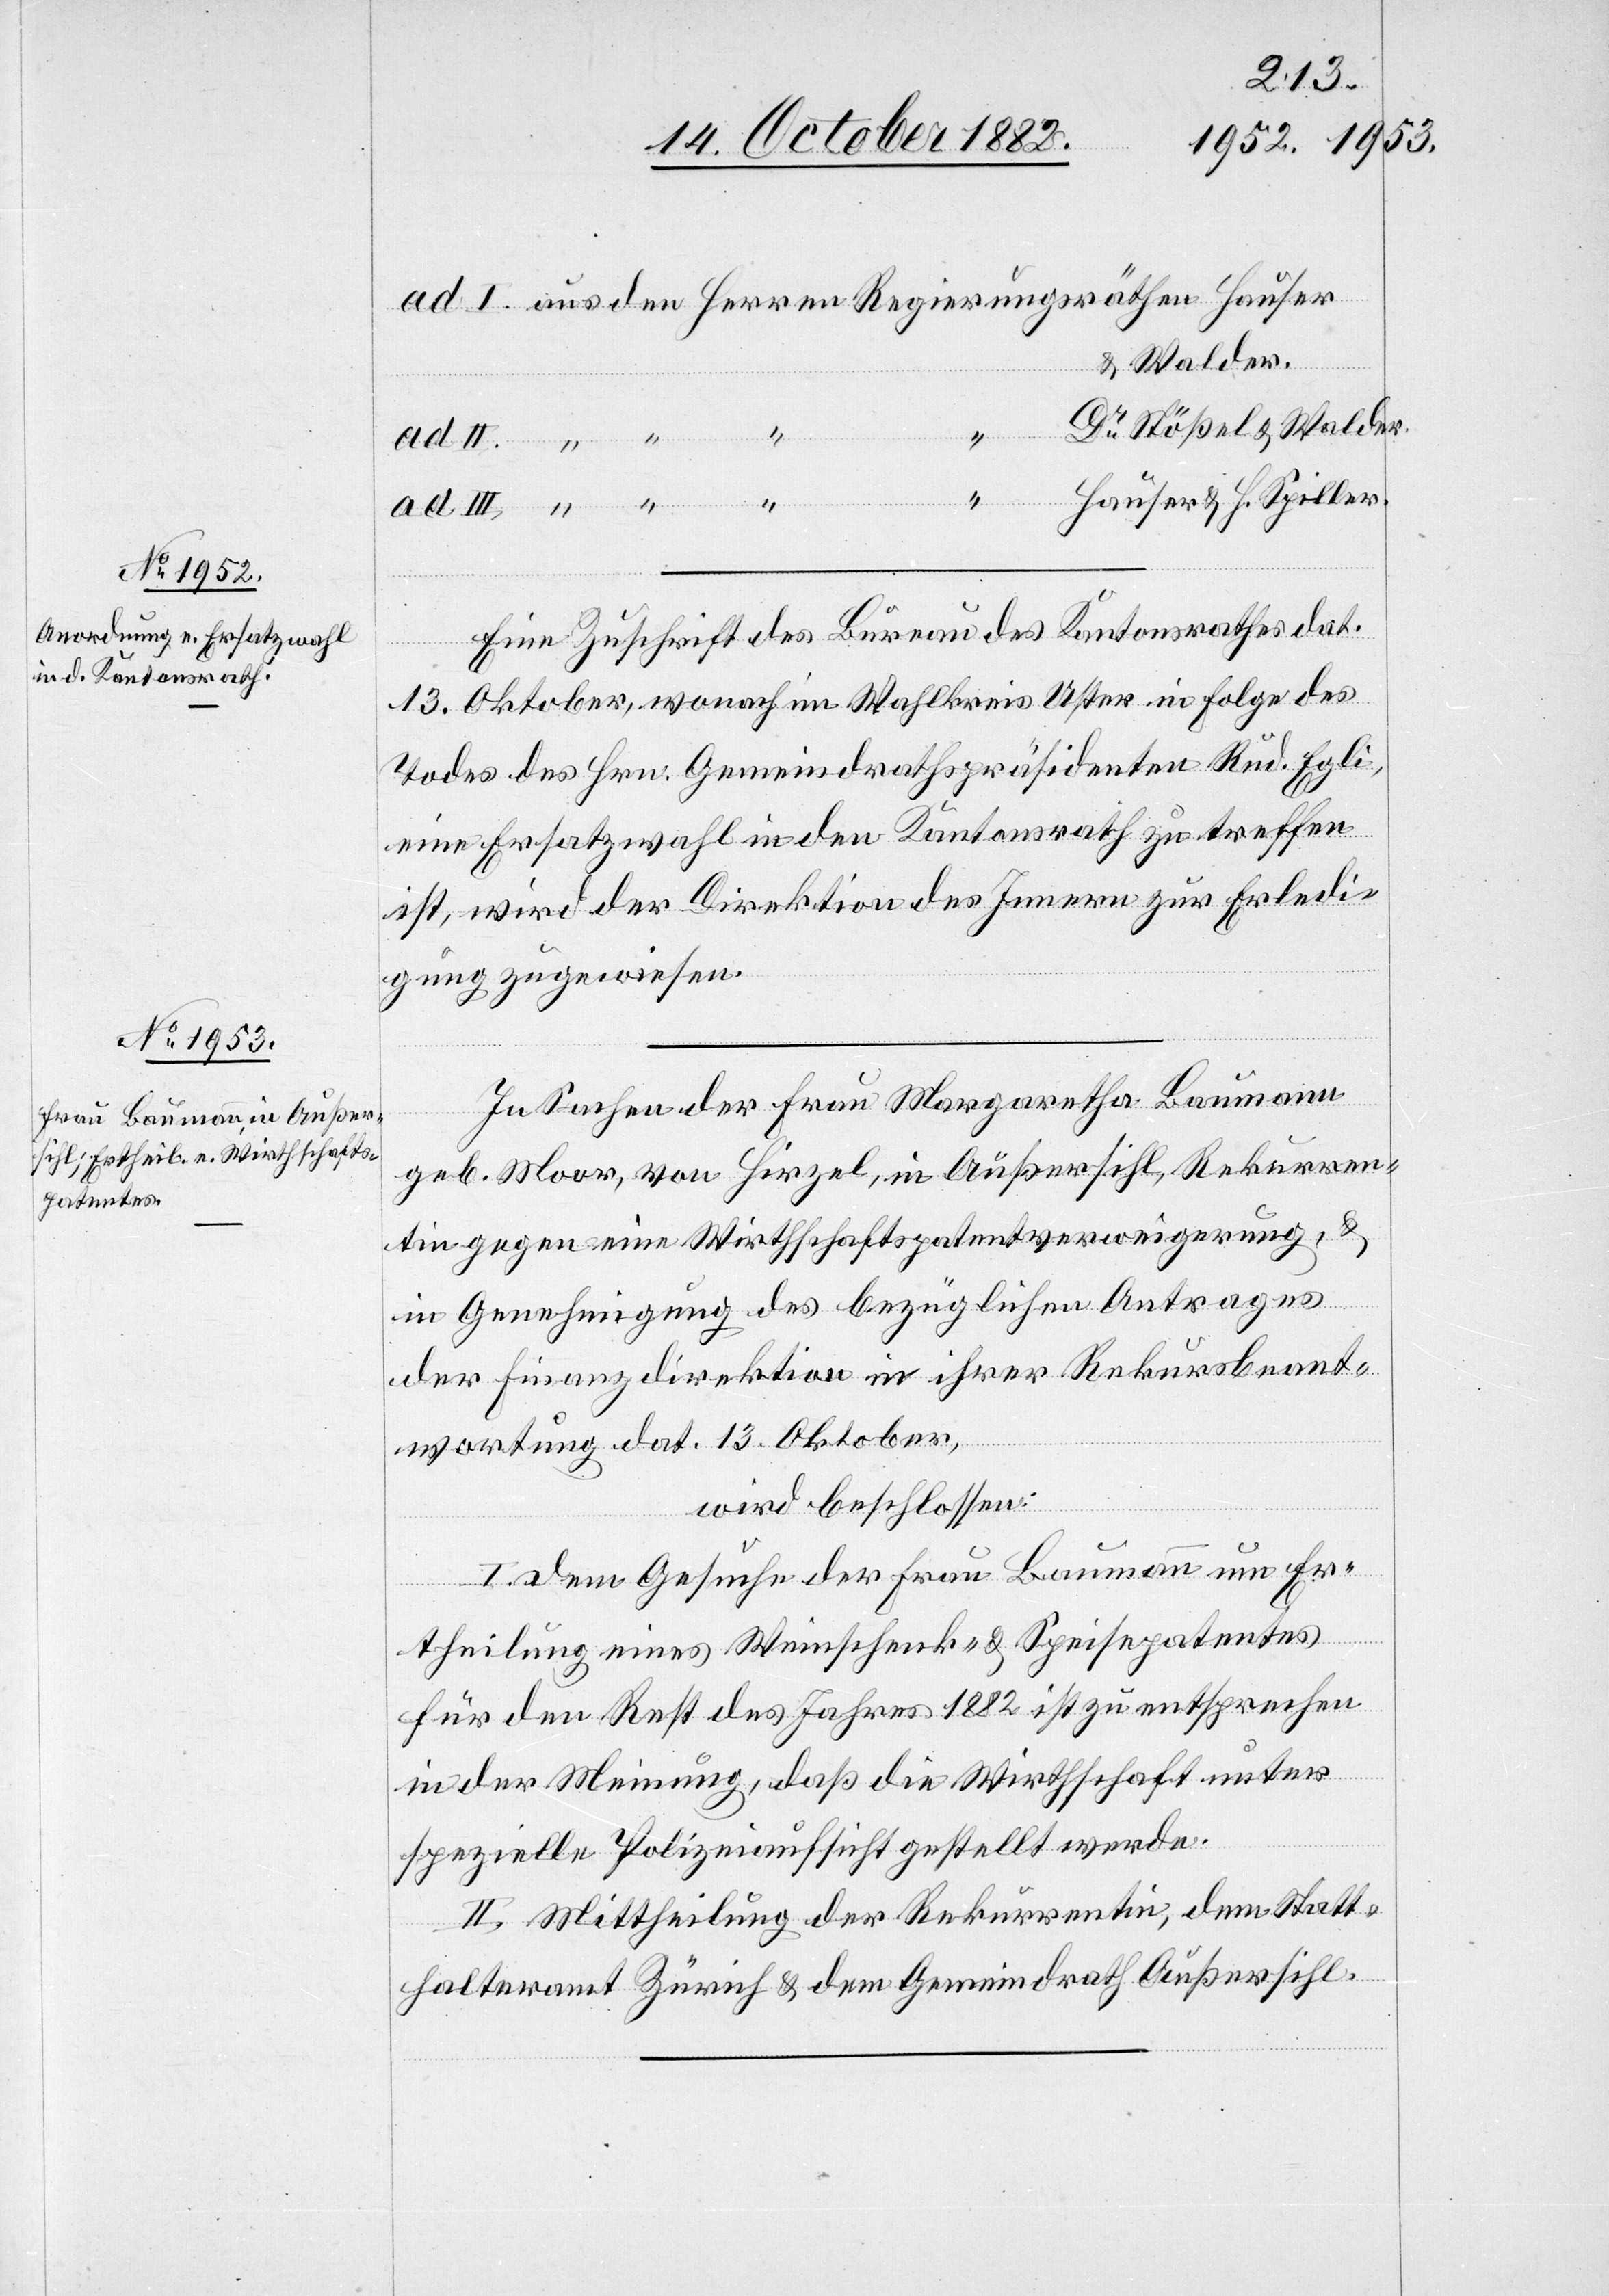
& Walder.
Dr Stößel & Walder.
Hauser & H. Spiller.
Eine Zuschrift des Bureau des Kantonsrathes dat.
13. Oktober, wonach im Wahlkreis Uster in Folge des
Todes des Hrn. Gemeindrathspräsidenten Rud. Egli,
eine Ersatzwahl in den Kantonsrath zu treffen
ist, wird der Direktion des Innern zur Erledi¬
gung zugewiesen.
In Sachen der Frau Margaretha Baumann
geb. Moor, von Hirzel, in Außersihl, Rekurren¬
tin gegen eine Wirthschaftspatentverweigerung, &
in Genehmigung des bezüglichen Antrages
der Finanzdirektion in ihrer Rekursbeant¬
wortung dat. 13. Oktober,
wird beschlossen:
I. Dem Gesuche der Frau Baumann um Er¬
“
theilung eines Weinschenk- & Speisepatentes
für den Rest des Jahres 1882 ist zu entsprechen
in der Meinung, daß die Wirthschaft unter
spezielle Polizeiaufsicht gestellt werde.
II. Mittheilung der Rekurrentin, dem Statt¬
halteramt Zürich & dem Gemeindrath Außersihl.